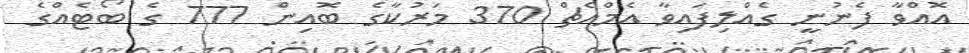
އޮއްވާ ފެނުނީ ގެއްލިފައިވާ އެމްއެޗް 370 މަރުކާގެ ބޮއިން 777 ގެ ބޯޓެއްގެ